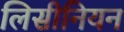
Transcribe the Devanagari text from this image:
लिसीनियन